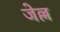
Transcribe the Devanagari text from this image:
जेल्ल